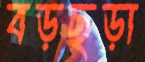
বড়ছড়া